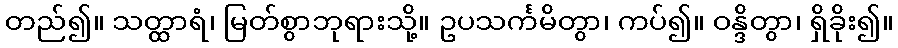
တည်၍။ သတ္ထာရံ၊ မြတ်စွာဘုရားသို့။ ဥပသင်္ကမိတွာ၊ ကပ်၍။ ဝန္ဒိတွာ၊ ရှိခိုး၍။